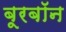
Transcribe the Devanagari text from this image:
बूरबॉन